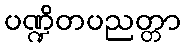
ပဏ္ဍိတပညတ္တာ